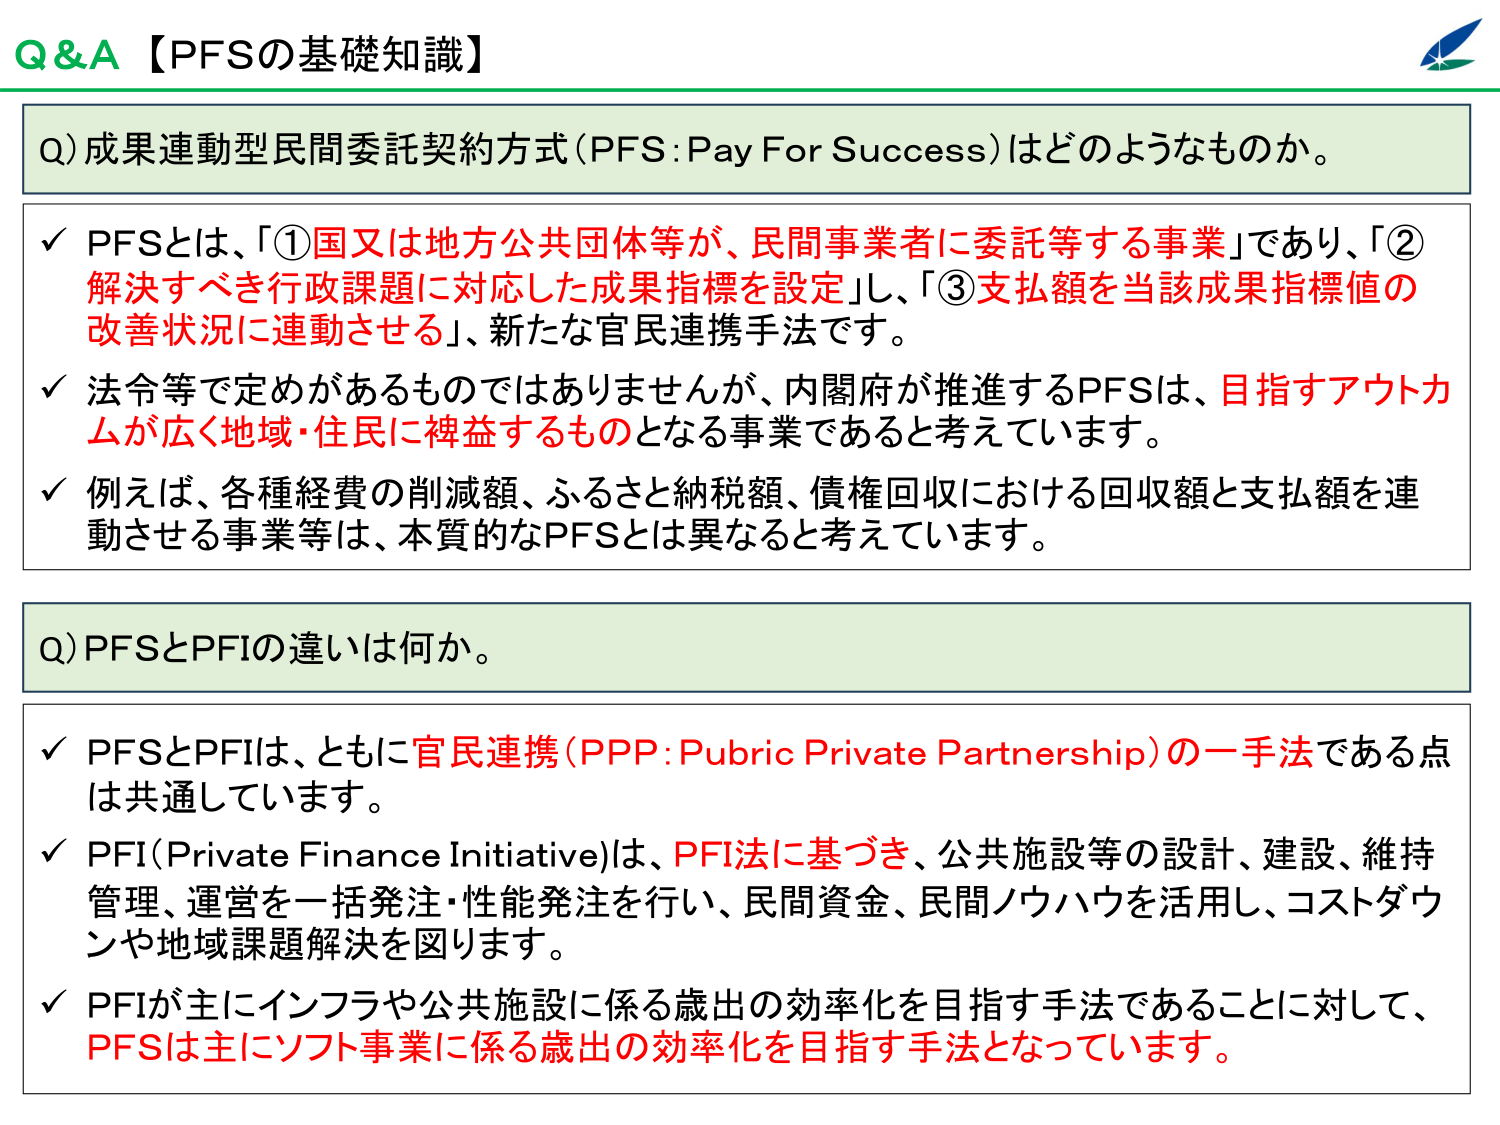
Q&A【PFSの基礎知識】

Q) 成果連動型民間委託契約方式（PFS: Pay For Success）はどのようなものか。

✓ PFSとは、「①国又は地方公共団体等が、民間事業者に委託等する事業」であり、「②解決すべき行政課題に対応した成果指標を設定」し、「③支払額を当該成果指標値の改善状況に連動させる」、新たな官民連携手法です。

✓ 法令等で定めがあるものではありませんが、内閣府が推進するPFSは、目指すアウトカムが広く地域・住民に裨益するものとなる事業であると考えています。

✓ 例えば、各種経費の削減額、ふるさと納税額、債権回収における回収額と支払額を連動させる事業等は、本質的なPFSとは異なると考えています。

Q) PFSとPFIの違いは何か。

✓ PFSとPFIは、ともに官民連携（PPP: Pubric Private Partnership）の一手法である点は共通しています。

✓ PFI（Private Finance Initiative）は、PFI法に基づき、公共施設等の設計、建設、維持管理、運営を一括発注・性能発注を行い、民間資金、民間ノウハウを活用し、コストダウンや地域課題解決を図ります。

✓ PFIが主にインフラや公共施設に係る歳出の効率化を目指す手法であることに対して、PFSは主にソフト事業に係る歳出の効率化を目指す手法となっています。